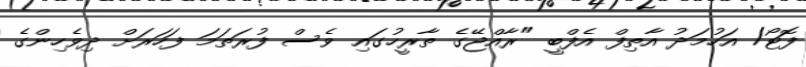
ފޮޓޯ/ އަހުމަދު އާތިފް އެފްބީ "ރާއްޖޭގެ ތާރީހުގައި ވެސް ފުރަތަމަ ފަހަރަށް ދިވެހިންގެ